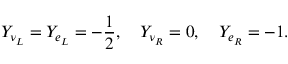
Y _ { \nu _ { L } } = Y _ { e _ { L } } = - \frac { 1 } { 2 } , \quad Y _ { \nu _ { R } } = 0 , \quad Y _ { e _ { R } } = - 1 .